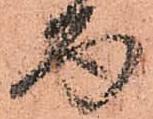
面